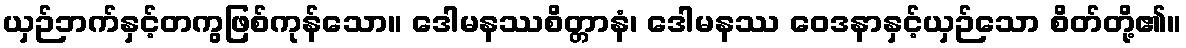
ယှဉ်ဘက်နှင့်တကွဖြစ်ကုန်သော။ ဒေါမနဿစိတ္တာနံ၊ ဒေါမနဿ ဝေဒနာနှင့်ယှဉ်သော စိတ်တို့၏။